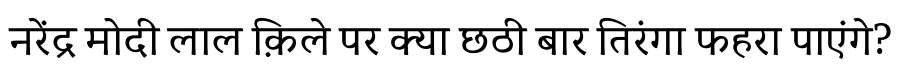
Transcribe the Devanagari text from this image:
नरेंद्र मोदी लाल क़िले पर क्या छठी बार तिरंगा फहरा पाएंगे?